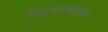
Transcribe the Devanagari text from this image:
पैरेनाकईमा